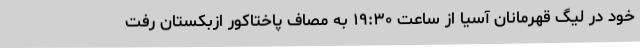
خود در لیگ قهرمانان آسیا از ساعت ۱۹:۳۰ به مصاف پاختاکور ازبکستان رفت